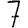
Digit: 7